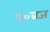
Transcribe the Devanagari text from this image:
पं०ब्रज